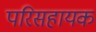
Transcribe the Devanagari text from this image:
परिसहायक